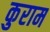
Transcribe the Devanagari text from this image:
कुराम